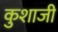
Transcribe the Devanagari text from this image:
कुशाजी